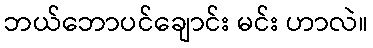
ဘယ်ဘောပင်ချောင်း မင်း ဟာလဲ။